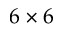
6 \times 6